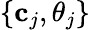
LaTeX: \{ \mathbf{c}_{j},\theta_{j}\}